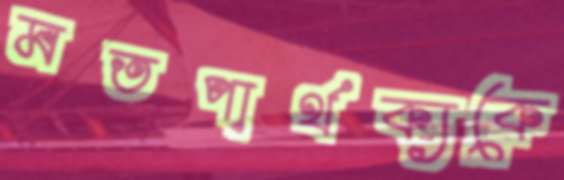
মতপার্থক্যকে